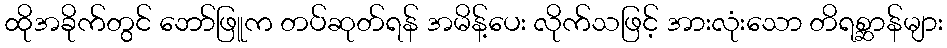
ထိုအခိုက်တွင် ဘော်ဖြူက တပ်ဆုတ်ရန် အမိန့်ပေး လိုက်သဖြင့် အားလုံးသော တိရစ္ဆာန်များ